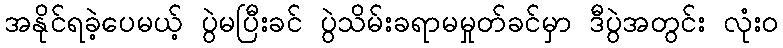
အနိုင်ရခဲ့ပေမယ့် ပွဲမပြီးခင် ပွဲသိမ်းခရာမမှုတ်ခင်မှာ ဒီပွဲအတွင်း လုံးဝ